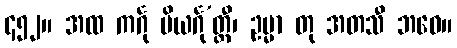
၄၅၂။ အထ ကင်္ဂု ပိယင်္ဂု’တ္ထီ၊ ဥမ္မာ တု အတသီ ဘဝေ။